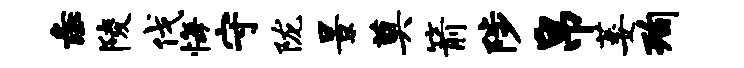
彘陵伐悔守陇景奠箭陟帛萎洵